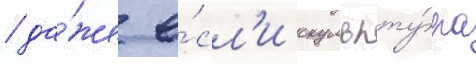
/ да́же е́сл'и скульпту́ра